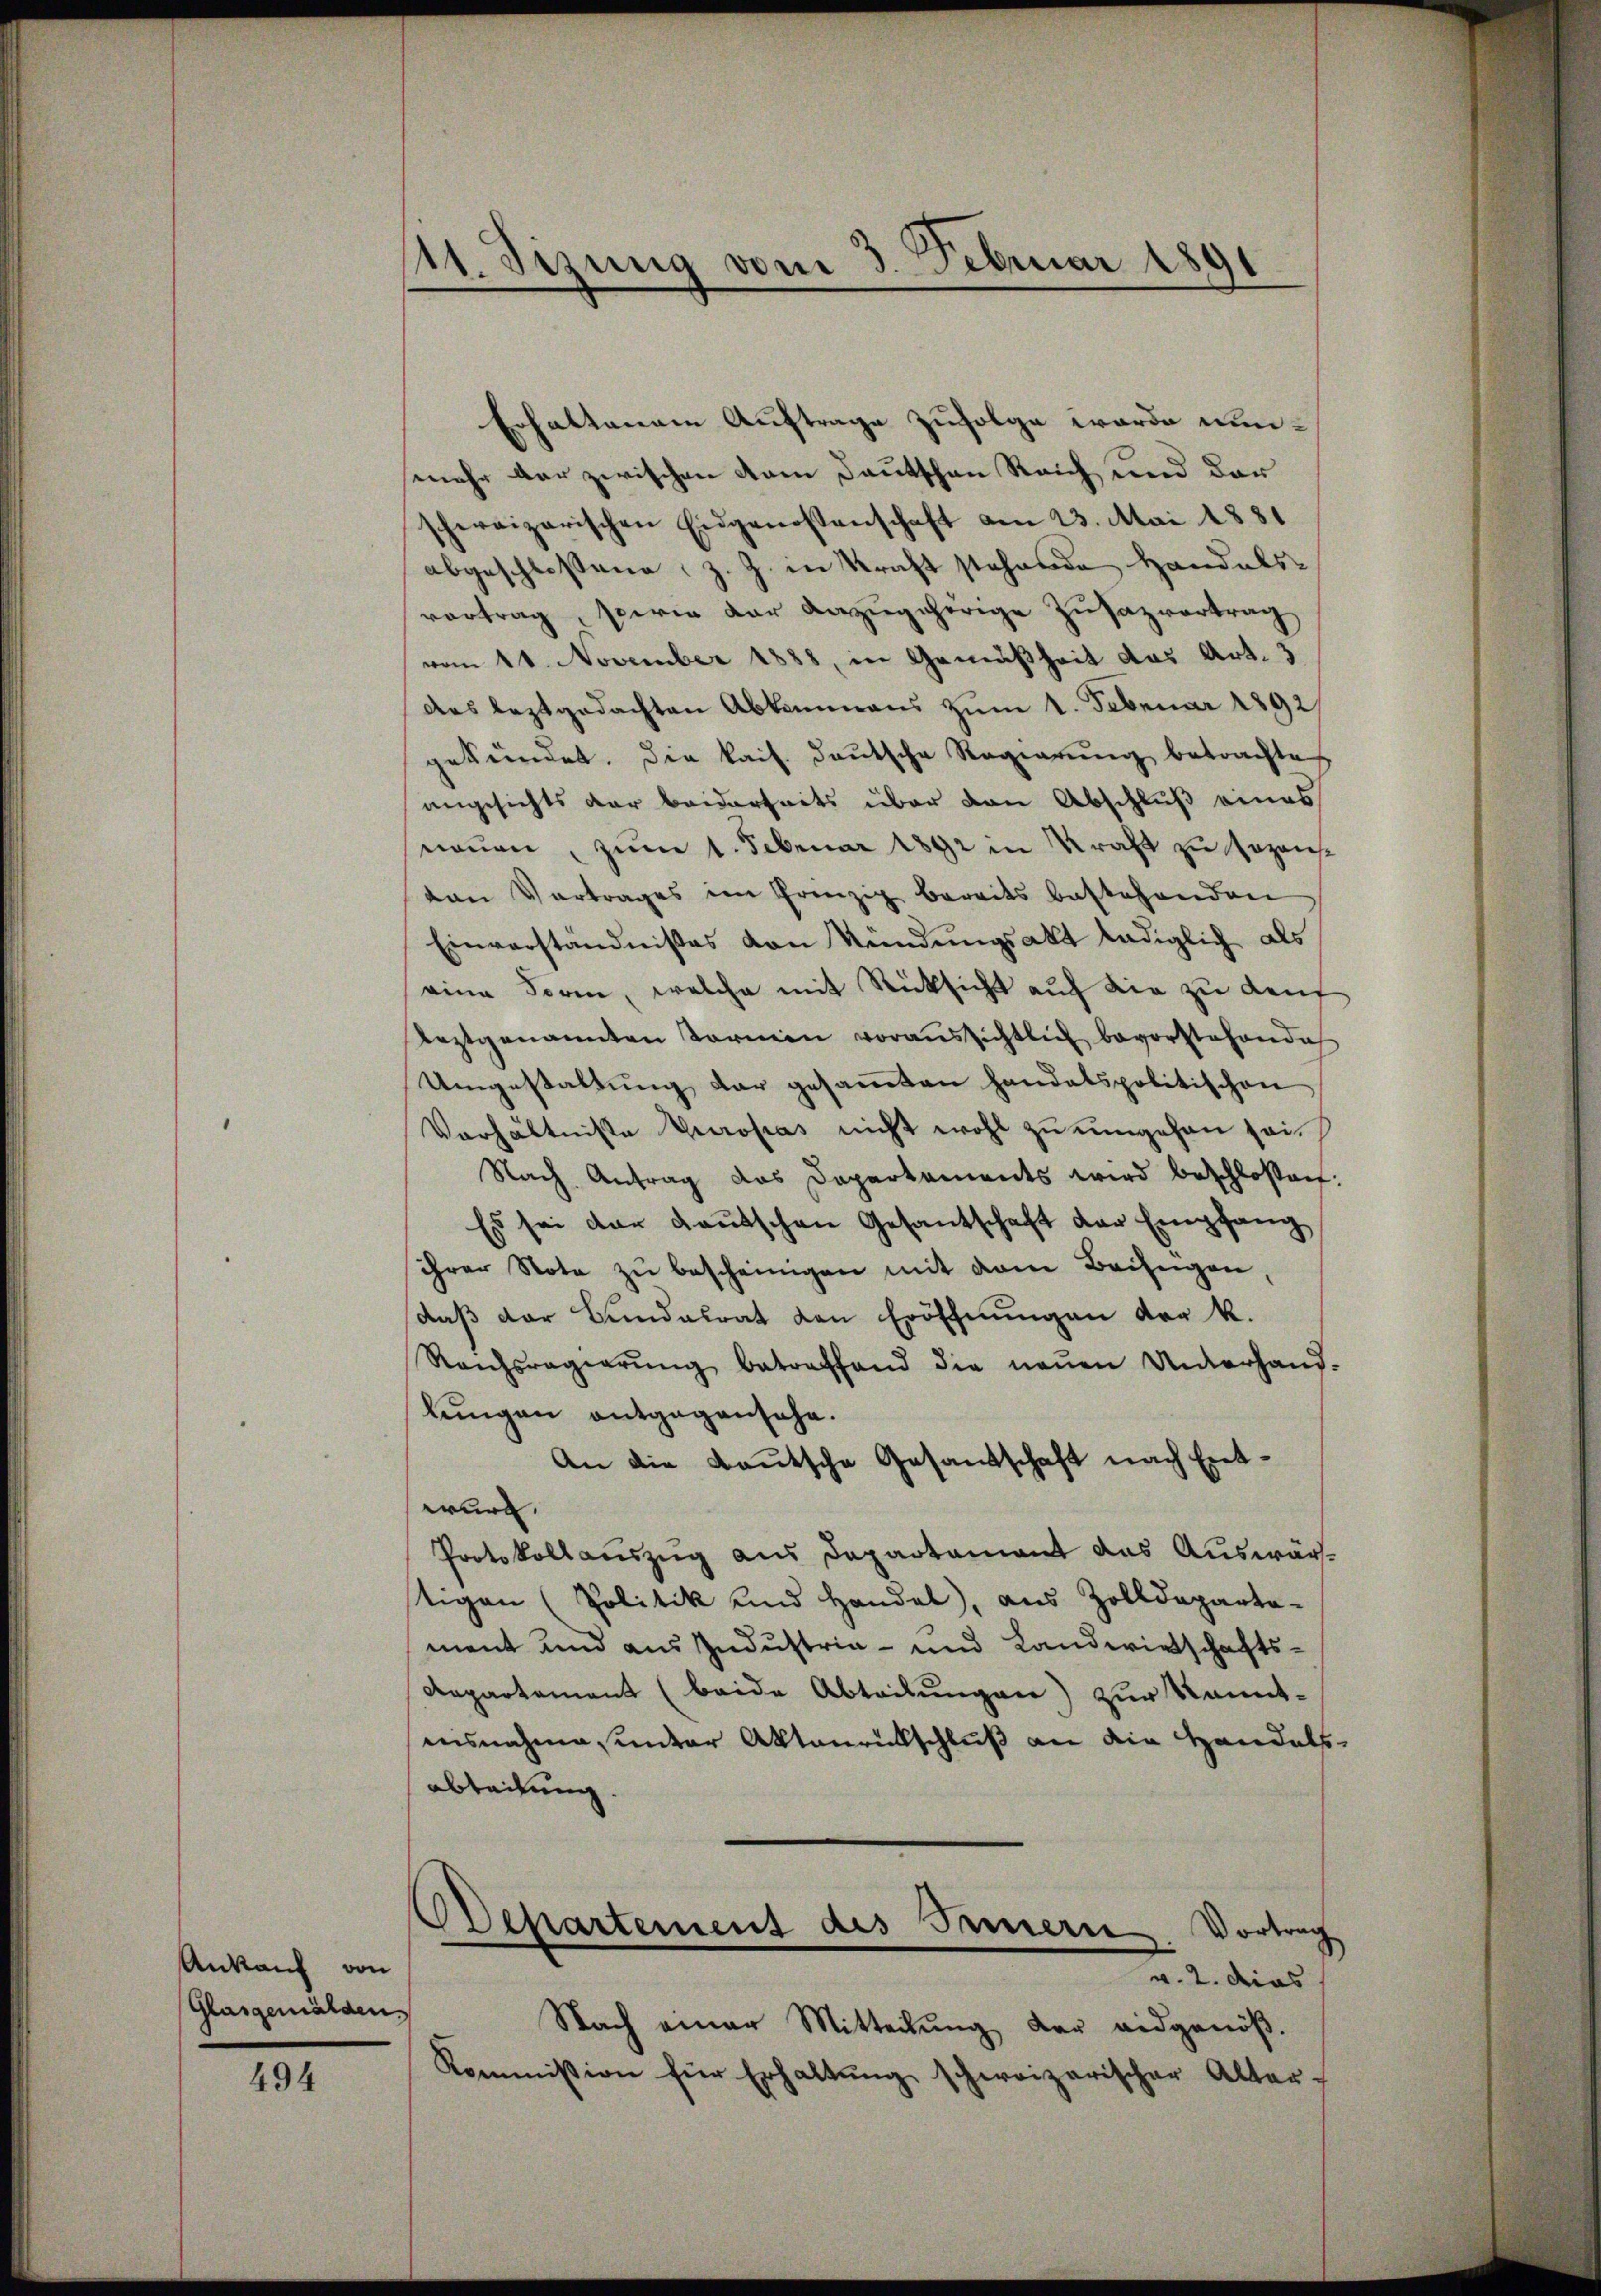
Ankauf von
Glasgemälden,

494

11. Sizung vom 3. Februar 1891

Erhaltenem Auftrage zufolge werde nunmehr der zwischen vom Deutschen Reich und der
schweizerischen Eidgenossenschaft am 23. Mai 1881
abgeschlossene, z. Z. in Kraft stehende Handels-
vortrag, sowie der anzugsherige Zusazvortrag
vom 11. November 1838, in Gemäßheit das Art. 3
des leztgedachten Abkommens zum 1. Februar 1892
gekündet. Die kais. deutsche Regierŭng betrachte
angesichts der beiderseits über den Abschluß eines
neuen, zum 1. Februar 1892 in Kraft zu sezenston Vertrages im Prinzip bereits bestehenden
Einverständnißes von Kündungsakt lediglich als
eine Form, welche mit Rücksicht auf die zu den
leztgenannten Formen voraussichtlich bevorstehende
Umgestaltung dar gesammten handatspolitischen
Verhältnisse Europas nicht wohl zu umgehen sei.
Nach Antrag das Departaments wird beschloßen:
Es sei der Kautschen Gesantschaft der Empfang
ihrer Note zu bescheinigen mit dem Beisegen
daß der Bundalrat den Eröffnungen vor k.
Raichsregierŭng betreffend die neŭen Unterhand-
lungen entgegensehe.
An die Kautsche Gesandschaft nach Entwurf.
Protokollauszug aus Departamant das Auswärtigen (Politik und Handel, aus Zolldeparta-
ment und aus Industria- und Landwirtschafts¬
Repartement (beide Abteilungen) zur kanntausnahme unter Aktenrückschluß an die Handels-
abteilung.
Departement des Innern. Vortrag
v. 2. dies
Nach einer Mitteilŭng der eidgenöß¬
Kommission für Erhaltŭng schweizerischer Alter-